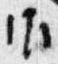
御